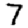
Digit: 7